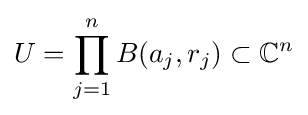
U=\prod _{j=1}^{n}B(a_{j},r_{j})\subset \mathbb {C} ^{n}